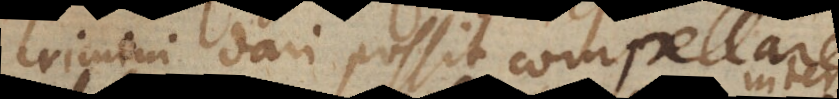
crimini dari possit compellare